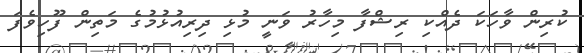
ކުރިން ވާހަކަ ދެއްކި ރިޝްފާ މިހާރު ވަނީ މުޅި ދިރިއުޅުމުގެ މަތިން ފޫހިވެފަ